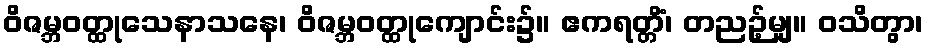
ဝိဇမ္ဘဝတ္ထုသေနာသနေ၊ ဝိဇမ္ဘဝတ္ထုကျောင်း၌။ ဧကရတ္တိံ၊ တညဉ့်မျှ။ ဝသိတွာ၊